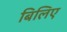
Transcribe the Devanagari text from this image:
बिलिए